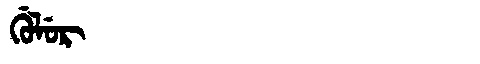
Manchu: ᡤᡠᠯᡠᡵ
Romanization: GULUR